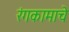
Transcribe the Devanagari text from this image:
रंगकामाचे